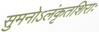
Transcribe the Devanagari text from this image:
सुमनोऽलंकृतशिराः